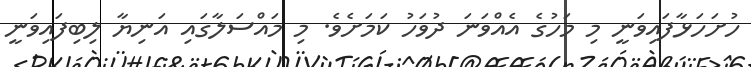
ހުށަހަޅާފައިވަނީ މި މަހުގެ އެއްވަނަ ދުވަހު ކަމަށެވެ. މި މައްސަލާގައި އަނިޔާ ލިބިފައިވަނީ